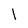
Character: 1